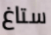
ستاغ